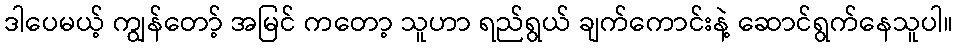
ဒါပေမယ့် ကျွန်တော့် အမြင် ကတော့ သူဟာ ရည်ရွယ် ချက်ကောင်းနဲ့ ဆောင်ရွက်နေသူပါ။